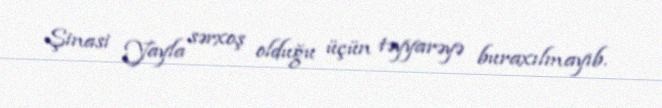
Şinasi Yayla sərxoş olduğu üçün təyyarəyə buraxılmayıb.